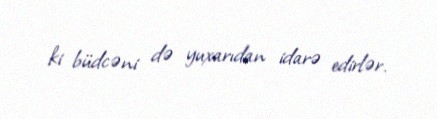
ki büdcəni də yuxarıdan idarə edirlər.